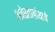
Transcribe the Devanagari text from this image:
अवेस्ताग्रंथाचे